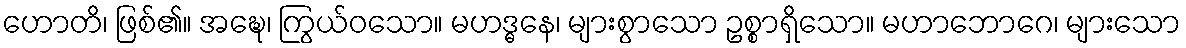
ဟောတိ၊ ဖြစ်၏။ အဍ္ဎေ၊ ကြွယ်ဝသော။ မဟဒ္ဓနေ၊ များစွာသော ဥစ္စာရှိသော။ မဟာဘောဂေ၊ များသော